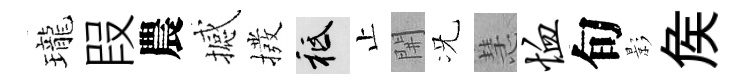
瓏叚農撼撥祇止𨳩况慧恤旬影矦